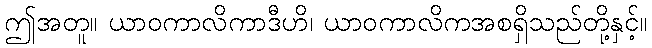
ဤအတူ။ ယာဝကာလိကာဒီဟိ၊ ယာဝကာလိကအစရှိသည်တို့နှင့်။